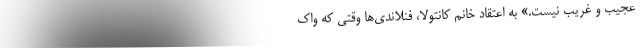
عجیب و غریب نیست.» به اعتقاد خانم کانتولا، فنلاندی‌ها وقتی که واک